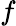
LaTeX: \mathnormal{f}